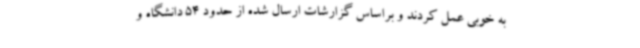
به خوبی عمل کردند و براساس گزارشات ارسال شده از حدود 54 دانشگاه و